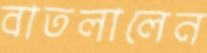
বাতলালেন